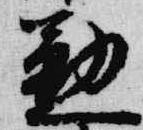
懃